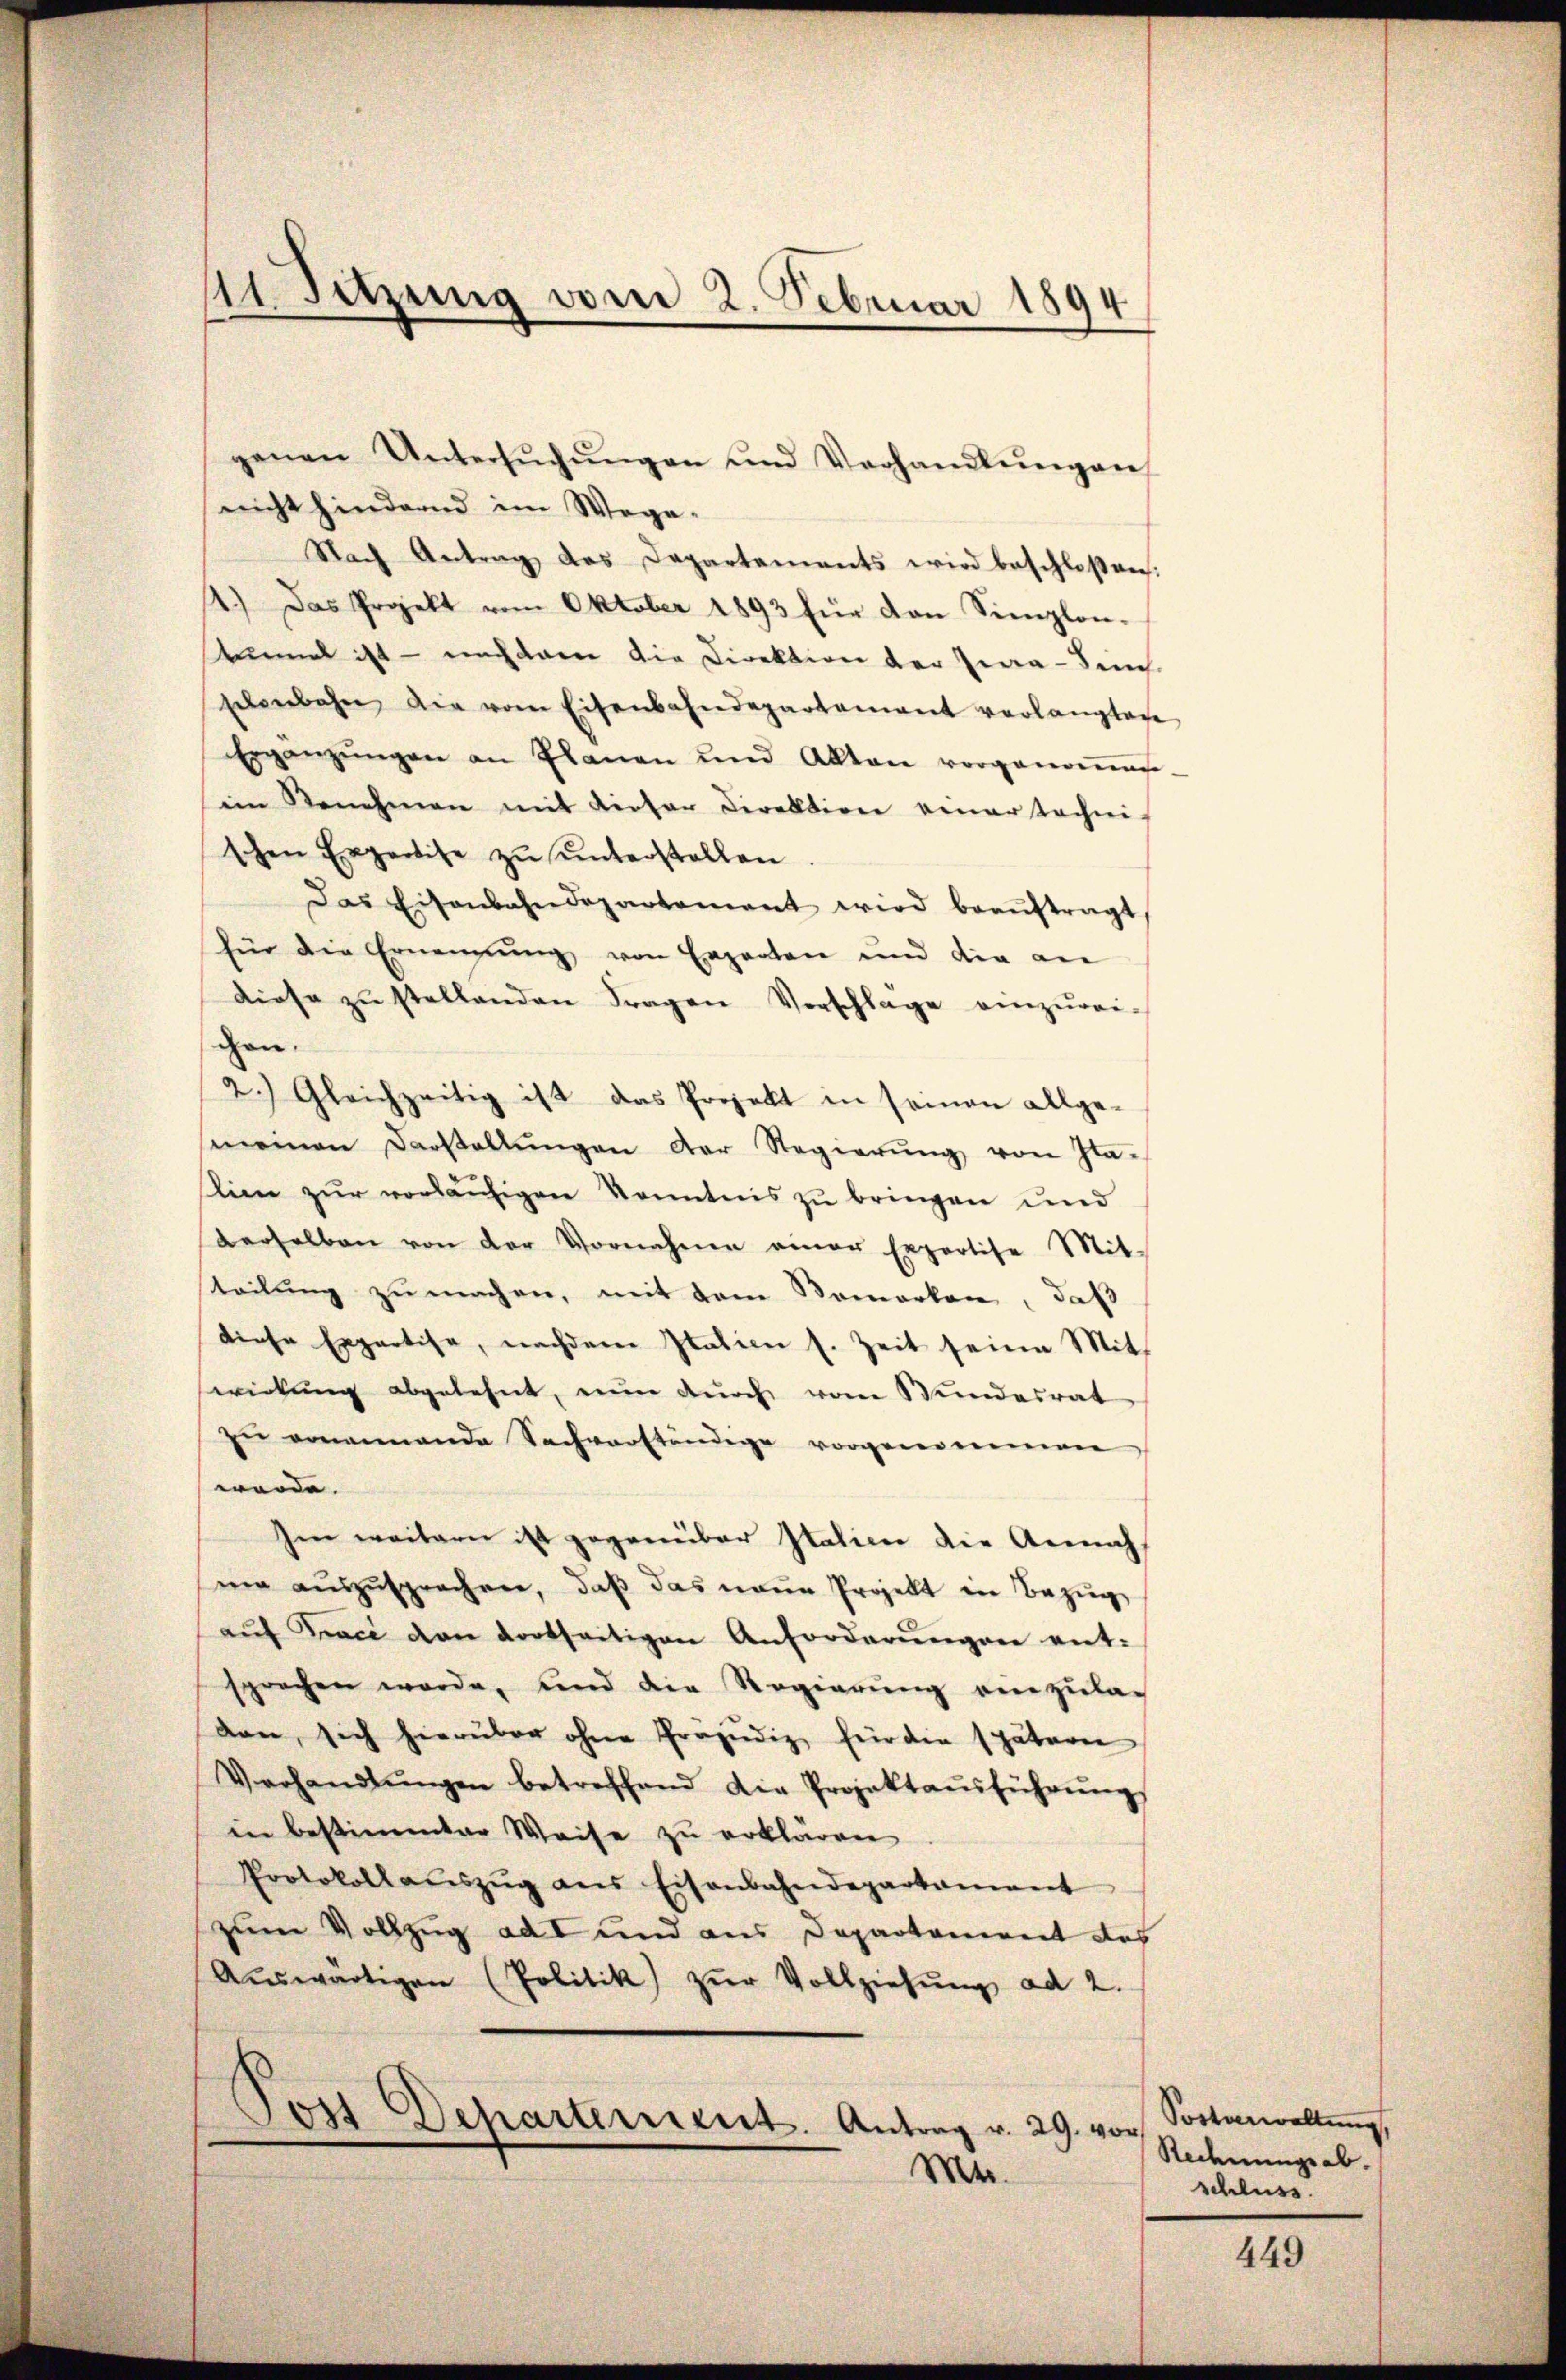
41. Sitzung vom 2. Februar 1894

genen Untersŭchŭngen und Verhandlŭngen
nicht hindernd im Wege-
Nach Antrag das Departements wird beschloßen:
4.) Das Projekt vom Oktober 1893 für den Simplon¬
Primal ist — nachdem die Direktion der Zwa-Sein
selenbahn, die vom Eisenbahndepartament verlangten
Ergänzŭngen an Planen und Akten vorgenoṁen-
im Genehmen mit dieser Direktion genartechni-
schen Expertise zŭ ŭnterstellen
Das Eisenbahndepartement wird beaŭftragt
für die Ernennung von Experten und die ane
diese zŭ stellenden Fragen Vorschläge einzŭrei-
chen.
2.) Gleichzeitig ist das Projekt in seinen allge-
meinen Darstellŭngen der Regierŭng von Ila-
stien zur vorläufigen Kenntnis zu bringen und
derselben von der Vornahme einer Expertise Mit-
teilŭng zŭ machen, mit dem Bemerken, daß
diese Expertise, nachdem Italien s. Zeit seine Mit
wirkŭng abgelehnt, nŭn dŭrch vom Wundesrat
zŭ erneinande Sachverständige vorgenommen
würde.
Ien weitern ist gegenüber Italien die Annah
ma aŭszŭsprechen, daβ das neue Projekt in Bezug
aŭf Fraci den dortseitigen Anforderŭngen ent-
sprechen werde, und die Regierŭng einzŭlag
dan, sich hierüber ohne Präjudiz für die spätern
Verhandlŭngen betreffend die Projektaŭsführŭng
in bestimmter Weise zu erklären
Protokoll aŭszŭg ans Eisenbahndepartament
zum Vollzug ad I und aus Departement des
Aŭswärtigen (Politik) zŭr Vollziehŭng ad 2.
Post Dehartement. Antrag v. 29. vor
Mtr.

Sortenwaltung
Redenunge ab.
schluss.

449